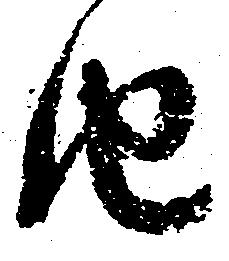
由